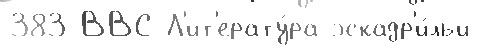
383 ВВС Л'ит'ерату́ра эскадр'и́льи